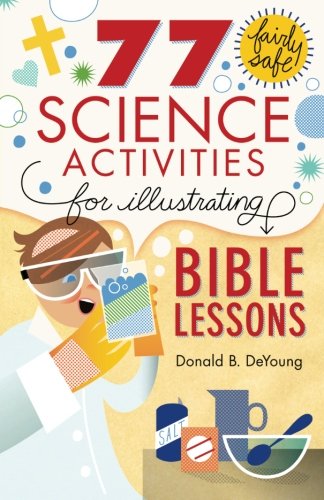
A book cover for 77 Fairly Safe Science Activities for Illustrating Bible Lessons; Donald B. DeYoung; Christian Books & Bibles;